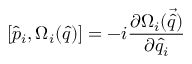
[ \hat { { p } } _ { i } , \Omega _ { i } ( \hat { q } ) ] = - i \frac { \partial \Omega _ { i } ( \vec { \hat { q } } ) } { \partial \hat { q } _ { i } }